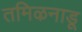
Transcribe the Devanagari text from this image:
तमिऴनाडू